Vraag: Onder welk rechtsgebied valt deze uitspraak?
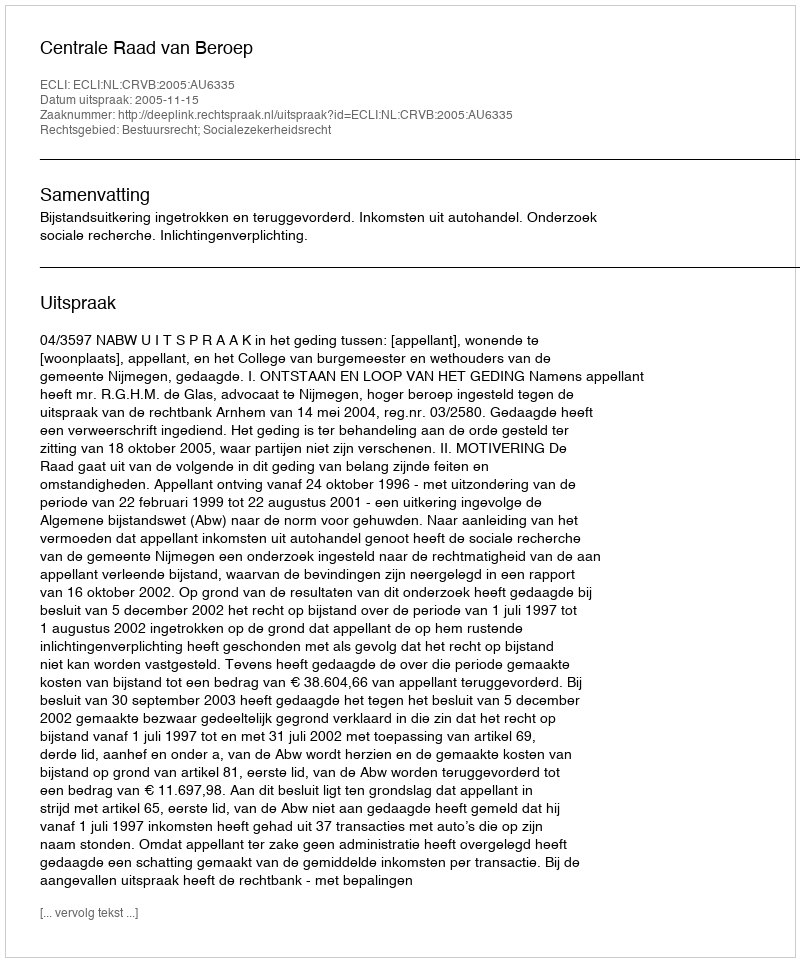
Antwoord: Bestuursrecht; Socialezekerheidsrecht